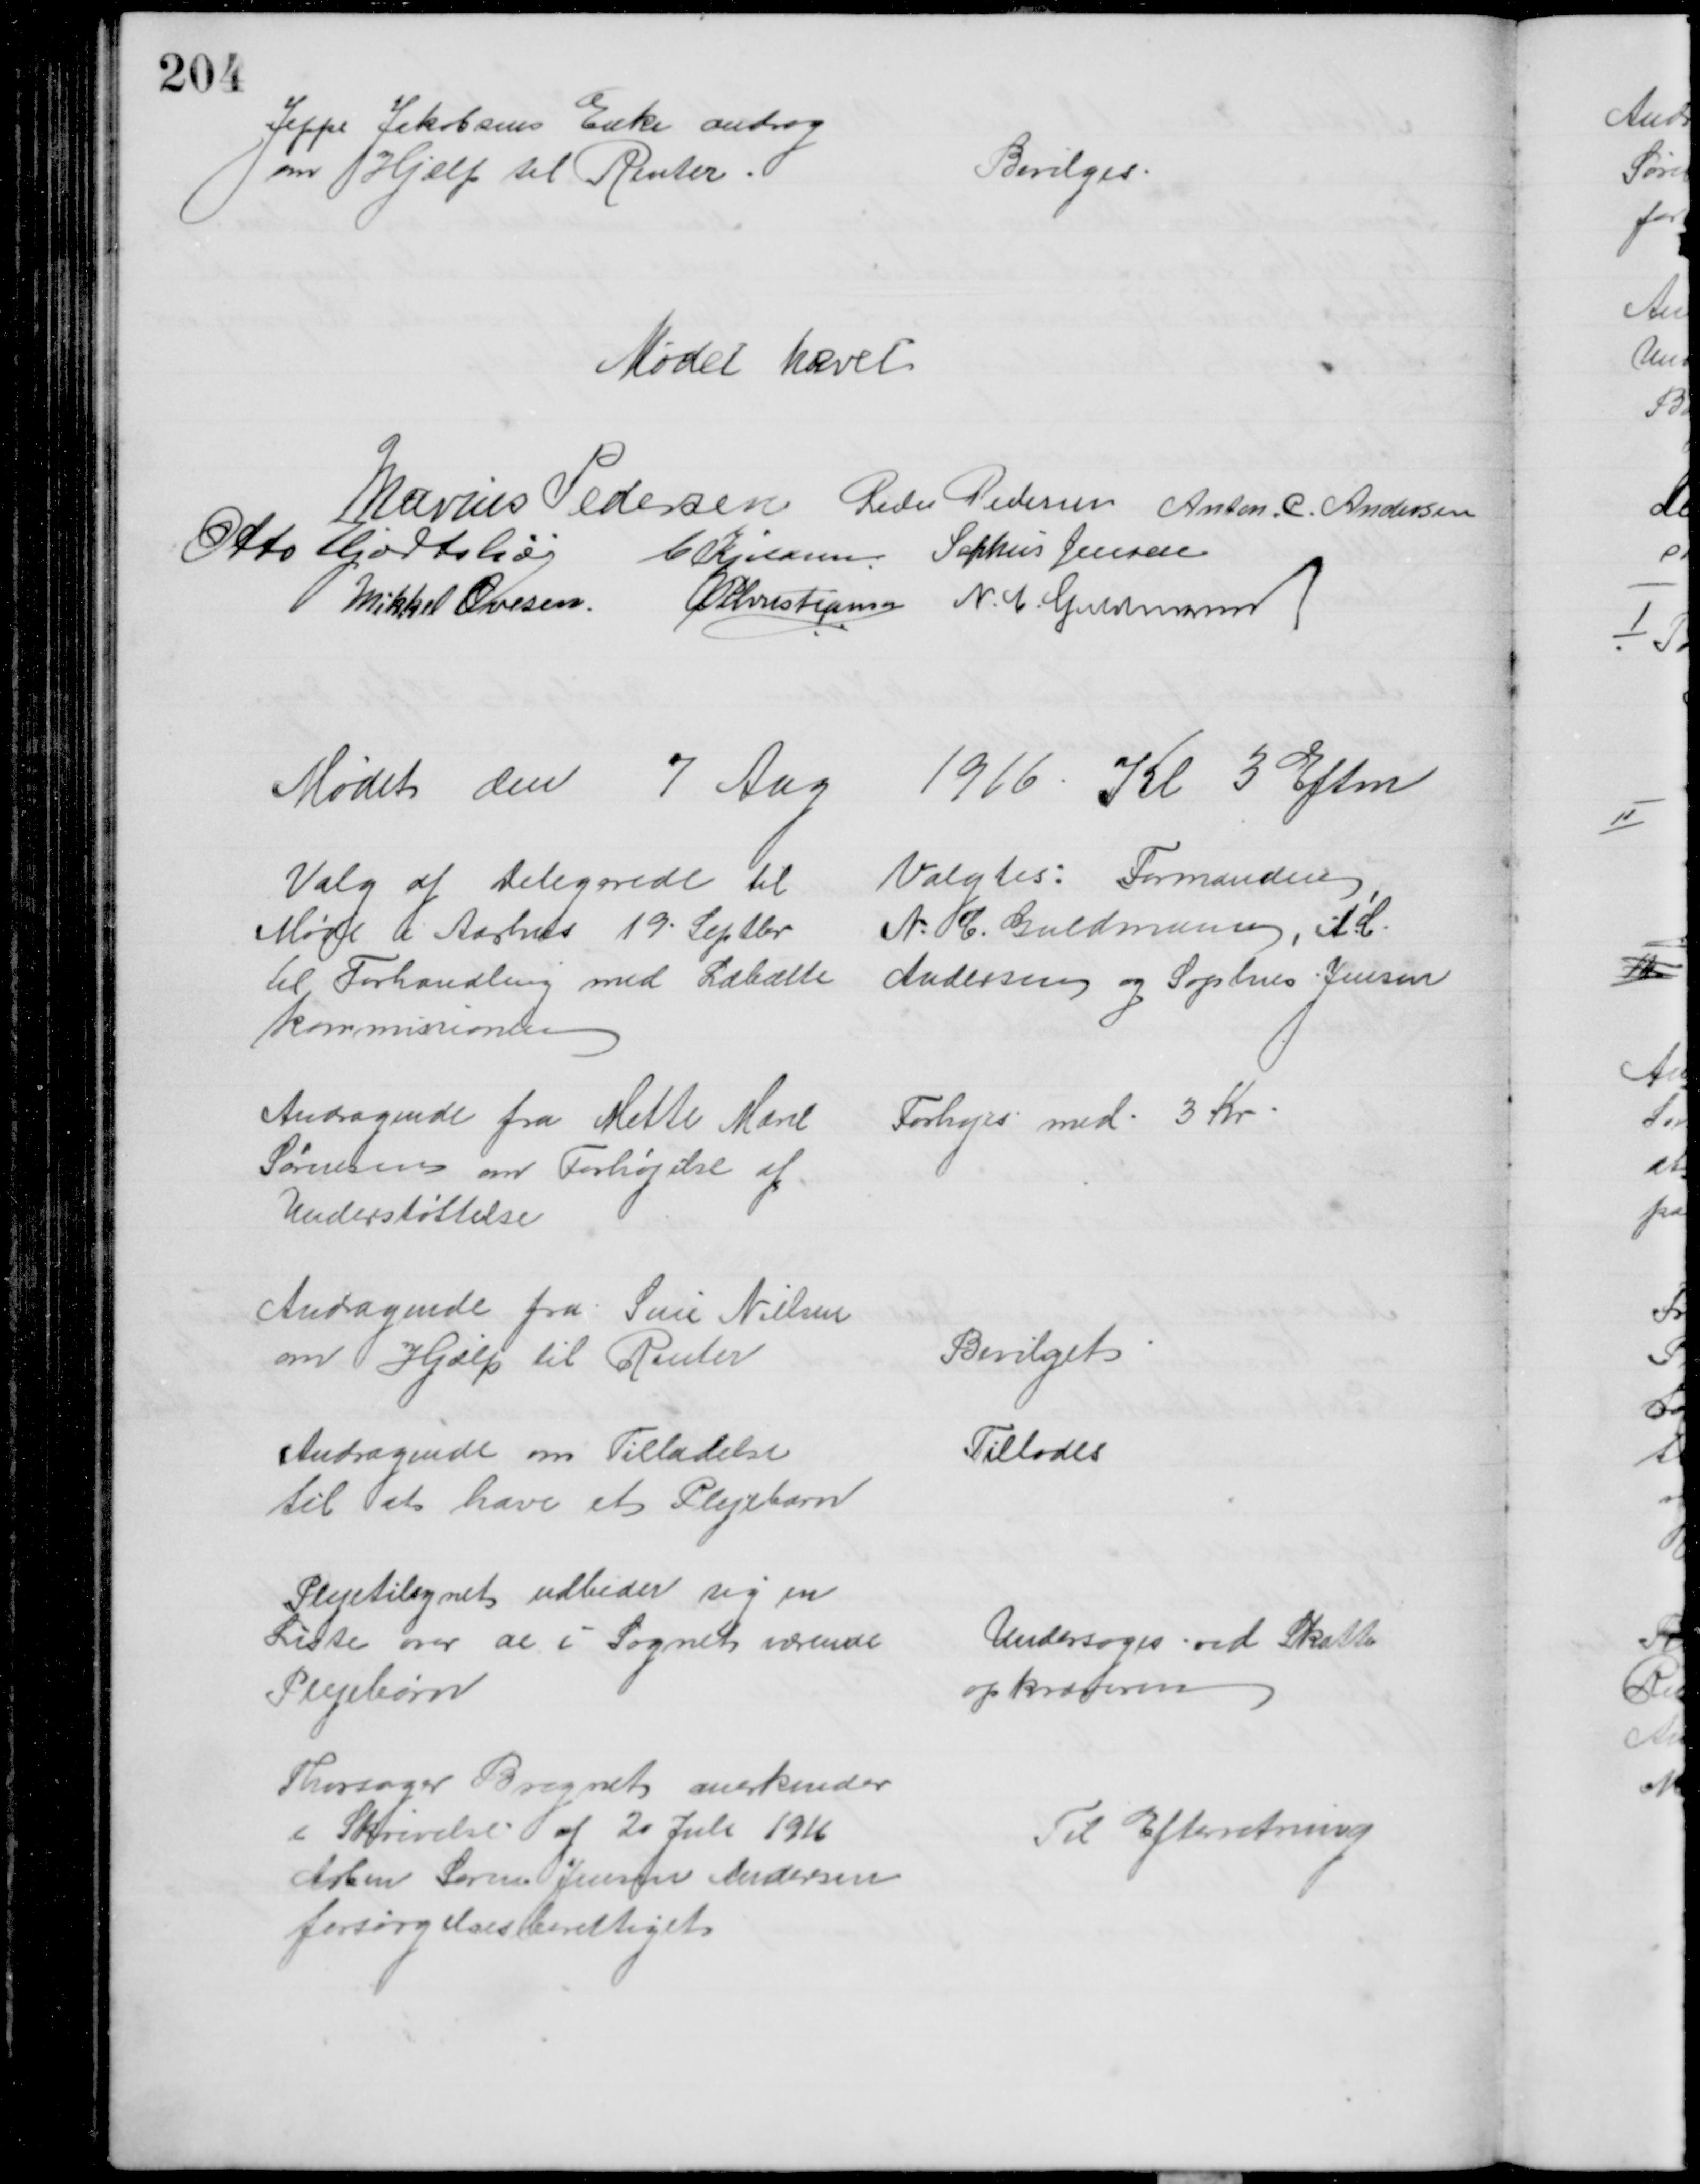
Transskription:
Jeppe Jakobsens Enke androg
om Hjælp til Renter
Bevilges.
Mødet hævet
Marius Pedersen Peder Pedersen Anton. C. Andersen
Otto Hjortshøj
C Kjeldsen Sophus Jensen
Mikkel Ovesen.
A P Christiansen N. C. Guldmann
Mødet den 7 Aug 1916. Kl 3 Eftm
Valg af Delegerede til
Møde i Aarhus 19 Septbr
til Forhandling med Læbælte
kommissionen
Valgtes: Formanden
N. C. Guldmann, A. C.
Andersen og Sophus Jensen
Andragende fra Mette Marie
Sørensen om Forhøjelse af
Understøttelse
Forhøjes med 3 Kr
Andragende fra Sine Nielsen
om Hjælp til Renter
Bevilget
Andragende om Tilladelse
til det have et Plejebarn
Tillodes
Plejetilsynet udbeder sig en
Liste over de i Sognet værende
Plejebørn
Undersøges ved Skatte
opkræveren
Thorsager Bregnet anerkender
i Skrivelse af 20 Juli 1916
Arbm Søren Jensen Andersen
forsørgelsesberettiget
Til Efterretning